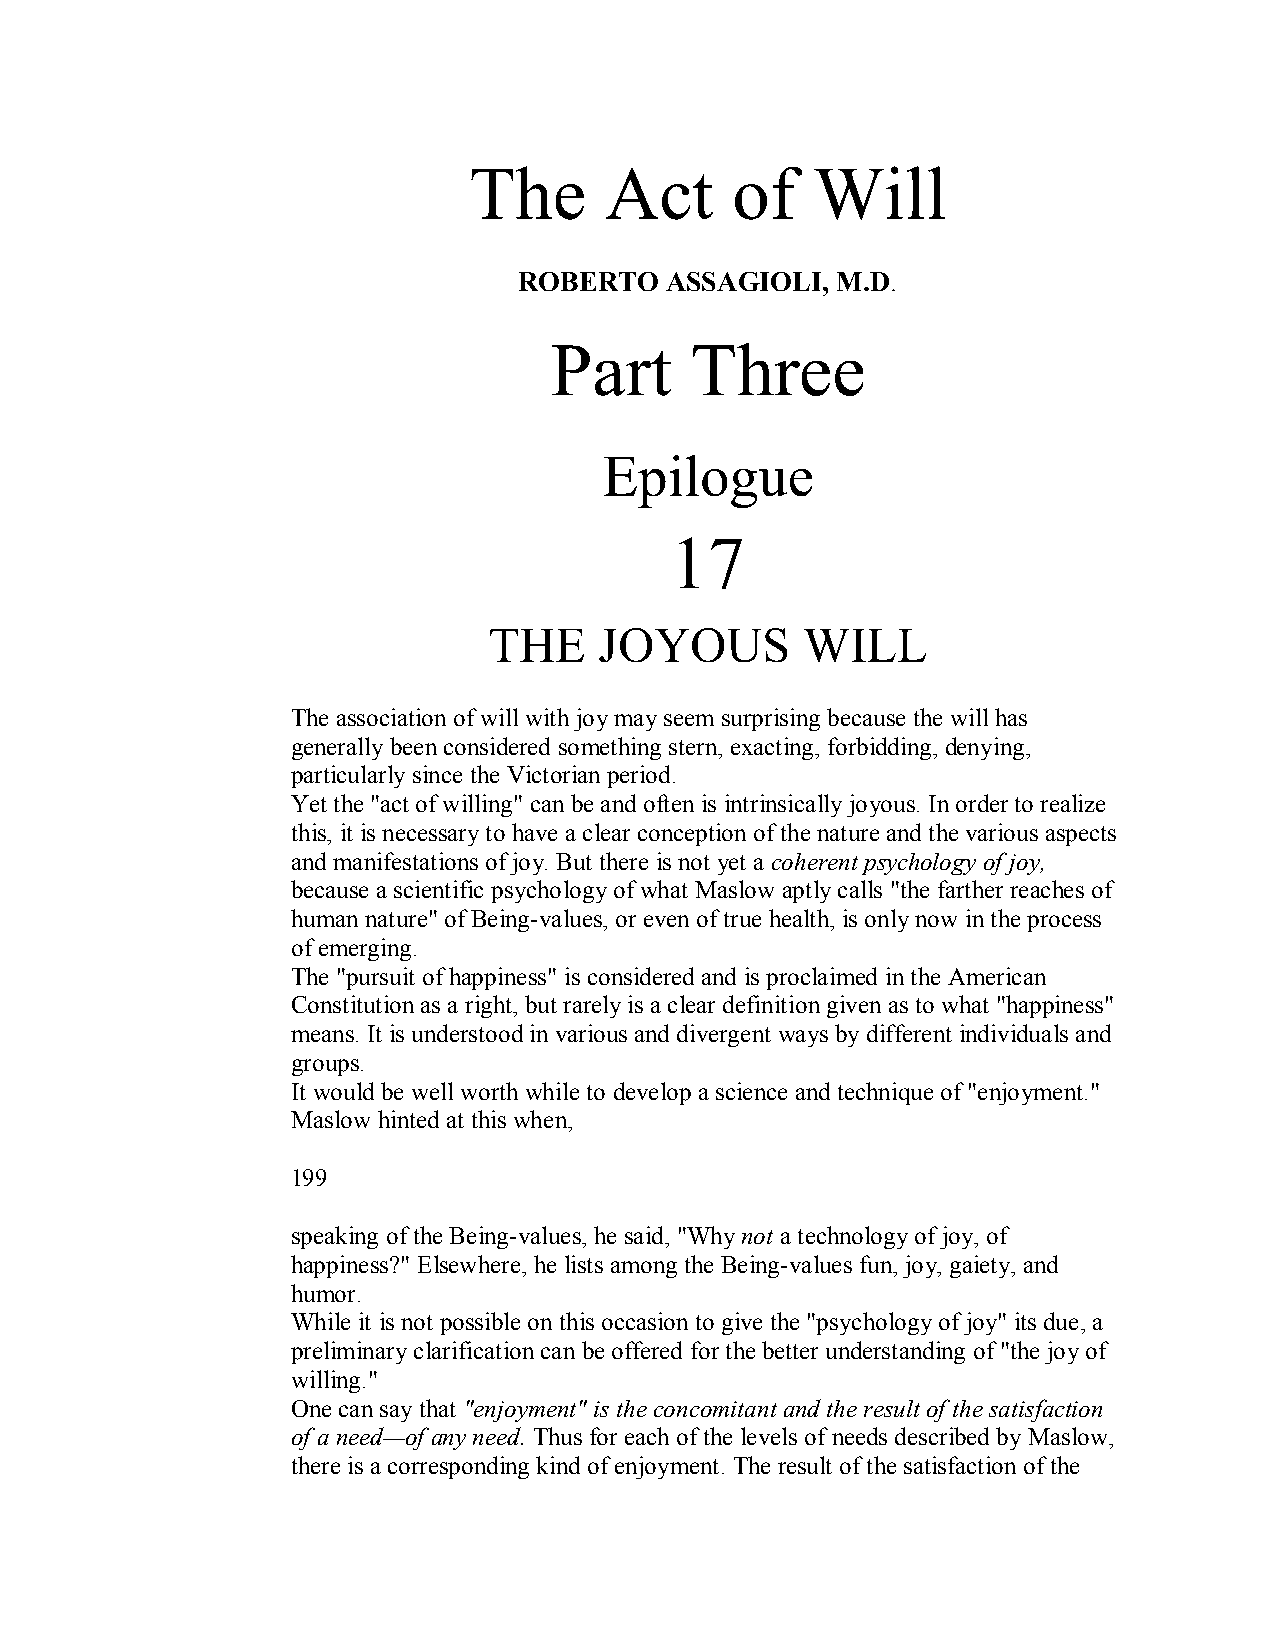
The      Act     of    Will
 ROBERTO   ASSAGIOLI, M.D.
 Part      Three
 Epilogue
 17
 THE     JOYOUS       WILL
 The association of will with joy may seem surprising because the will has
 generally been considered something stern, exacting, forbidding, denying,
 particularly since the Victorian period.
 Yet the "act of willing" can be and often is intrinsically joyous. In order to realize
 this, it is necessary to have a clear conception of the nature and the various aspects
 and manifestations of joy. But there is not yet a coherent psychology of joy,
 because a scientific psychology of what Maslow aptly calls "the farther reaches of
 human nature" of Being­values, or even of true health, is only now in the process
 of emerging.
 The "pursuit of happiness" is considered and is proclaimed in the American
 Constitution as a right, but rarely is a clear definition given as to what "happiness"
 means. It is understood in various and divergent ways by different individuals and
 groups.
 It would be well worth while to develop a science and technique of "enjoyment."
 Maslow hinted at this when,
 199
 speaking of the Being­values, he said, "Whynot a technology of joy, of
 happiness?" Elsewhere, he lists among the Being­values fun, joy, gaiety, and
 humor.
 While it is not possible on this occasion to give the "psychology of joy" its due, a
 preliminary clarification can be offered for the better understanding of "the joy of
 willing."
 One can say that "enjoyment" is the concomitant and the result of the satisfaction
 of a need—of any need.Thus for each of the levels of needs described by Maslow,
 there is a corresponding kind of enjoyment. The result of the satisfaction of the